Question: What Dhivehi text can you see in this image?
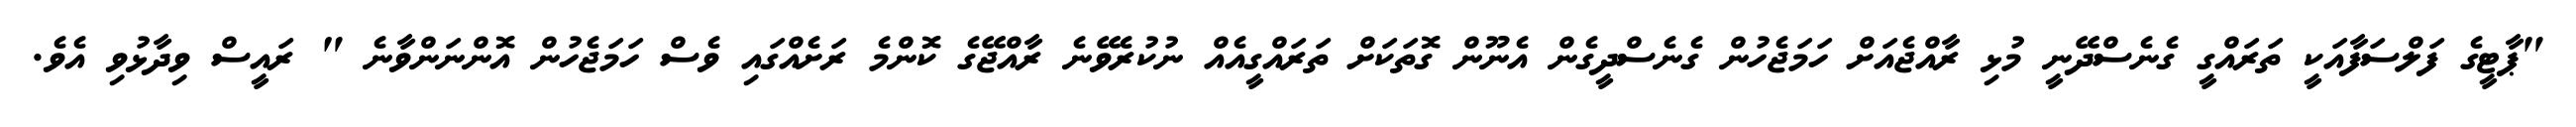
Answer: "ޕާޓީގެ ފަލްސަފާއަކީ ތަރައްގީ ގެނެސްދޭނީ މުޅި ރާއްޖެއަށް ހަމަޖެހުން ގެނެސްދީގެން އެނޫން ގޮތަކަށް ތަރައްގީއެއް ނުކުރެވޭނެ ރާއްޖޭގެ ކޮންމެ ރަށެއްގައި ވެސް ހަމަޖެހުން އޮންނަންވާނެ " ރައީސް ވިދާޅުވި އެވެ.